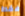
فقط